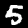
Digit: 5